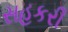
સહકરી